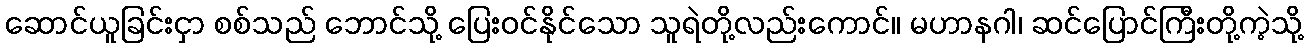
ဆောင်ယူခြင်းငှာ စစ်သည် ဘောင်သို့ ပြေးဝင်နိုင်သော သူရဲတို့လည်းကောင်။ မဟာနဂါ၊ ဆင်ပြောင်ကြီးတို့ကဲ့သို့